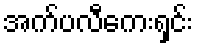
အက်ပလီကေးရှင်း